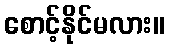
စောင့်နိုင်မလား။